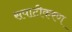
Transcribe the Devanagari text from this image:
सपाटीकरण